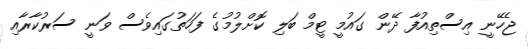
ޖެހޭނީ އިސްތިއުފާ ދޭން ގައުމީ ޓީމް ބަލި ކޮށްލުމުގެ ފަހަތުގައިވެސް ވަނީ ސަރުކާރާއި